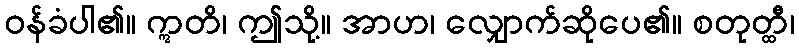
ဝန်ခံပါ၏။ ဣတိ၊ ဤသို့။ အာဟ၊ လျှောက်ဆိုပေ၏။ စတုတ္ထီ၊